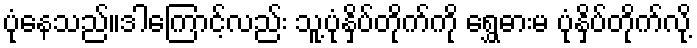
ပုံနေသည်။ဒါကြောင့်လည်း သူ့ပုံနှိပ်တိုက်ကို ရွှေဓားမ ပုံနှိပ်တိုက်လို့